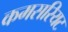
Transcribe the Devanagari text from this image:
कमसरियट